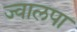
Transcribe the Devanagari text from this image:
ज्वालपा